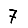
Digit: 7